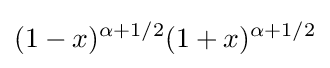
(1-x)^{\alpha +1/2}(1+x)^{\alpha +1/2}